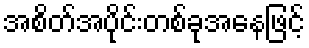
အစိတ်အပိုင်းတစ်ခုအနေဖြင့်